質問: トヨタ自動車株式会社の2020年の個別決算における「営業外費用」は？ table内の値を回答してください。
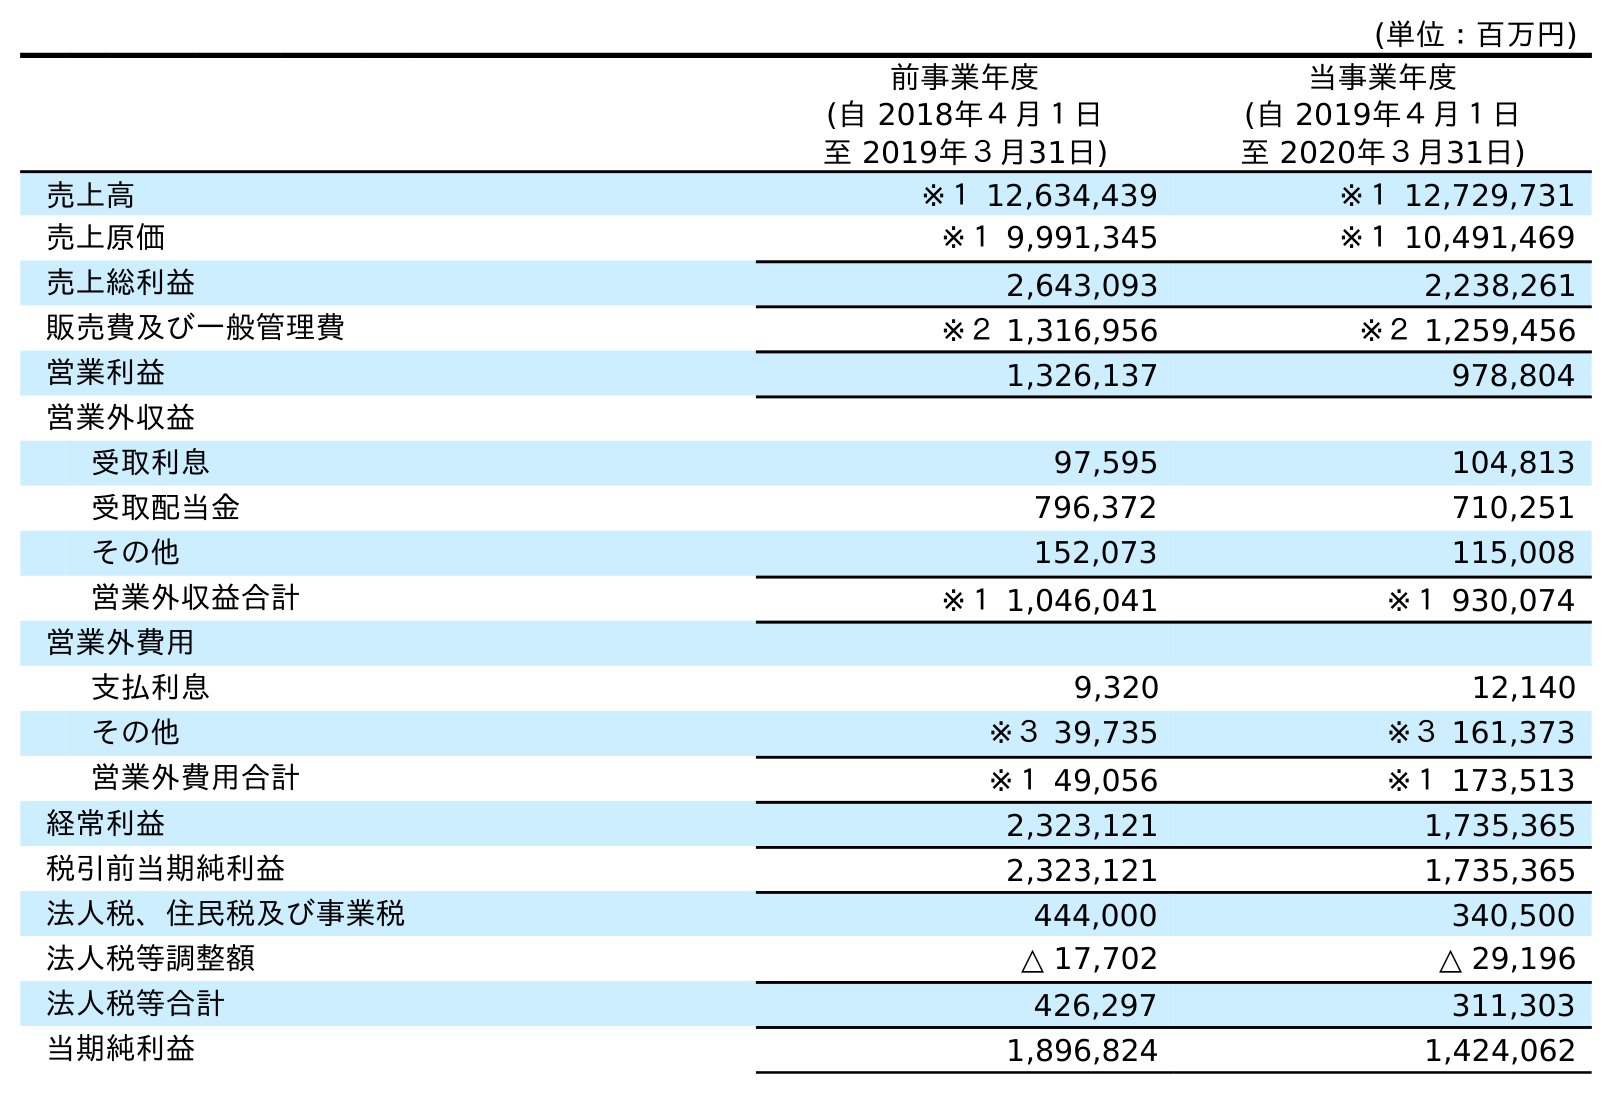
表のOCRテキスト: (単位：百万円) 前事業年度 (自 2018年４月１日 至 2019年３月31日) 当事業年度 (自 2019年４月１日 至 2020年３月31日) 売上高 ※１ 12,634,439 ※１ 12,729,731 売上原価 ※１ 9,991,345 ※１ 10,491,469 売上総利益 2,643,093 2,238,261 販売費及び一般管理費 ※２ 1,316,956 ※２ 1,259,456 営業利益 1,326,137 978,804 営業外収益 受取利息 97,595 104,813 受取配当金 796,372 710,251 その他 152,073 115,008 営業外収益合計 ※１ 1,046,041 ※１ 930,074 営業外費用 支払利息 9,320 12,140 その他 ※３ 39,735 ※３ 161,373 営業外費用合計 ※１ 49,056 ※１ 173,513 経常利益 2,323,121 1,735,365 税引前当期純利益 2,323,121 1,735,365 法人税、住民税及び事業税 444,000 340,500 法人税等調整額 △ 17,702 △ 29,196 法人税等合計 426,297 311,303 当期純利益 1,896,824 1,424,062
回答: ※１173,513